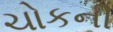
ચોકની